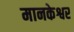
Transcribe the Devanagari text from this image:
मानकेश्वर